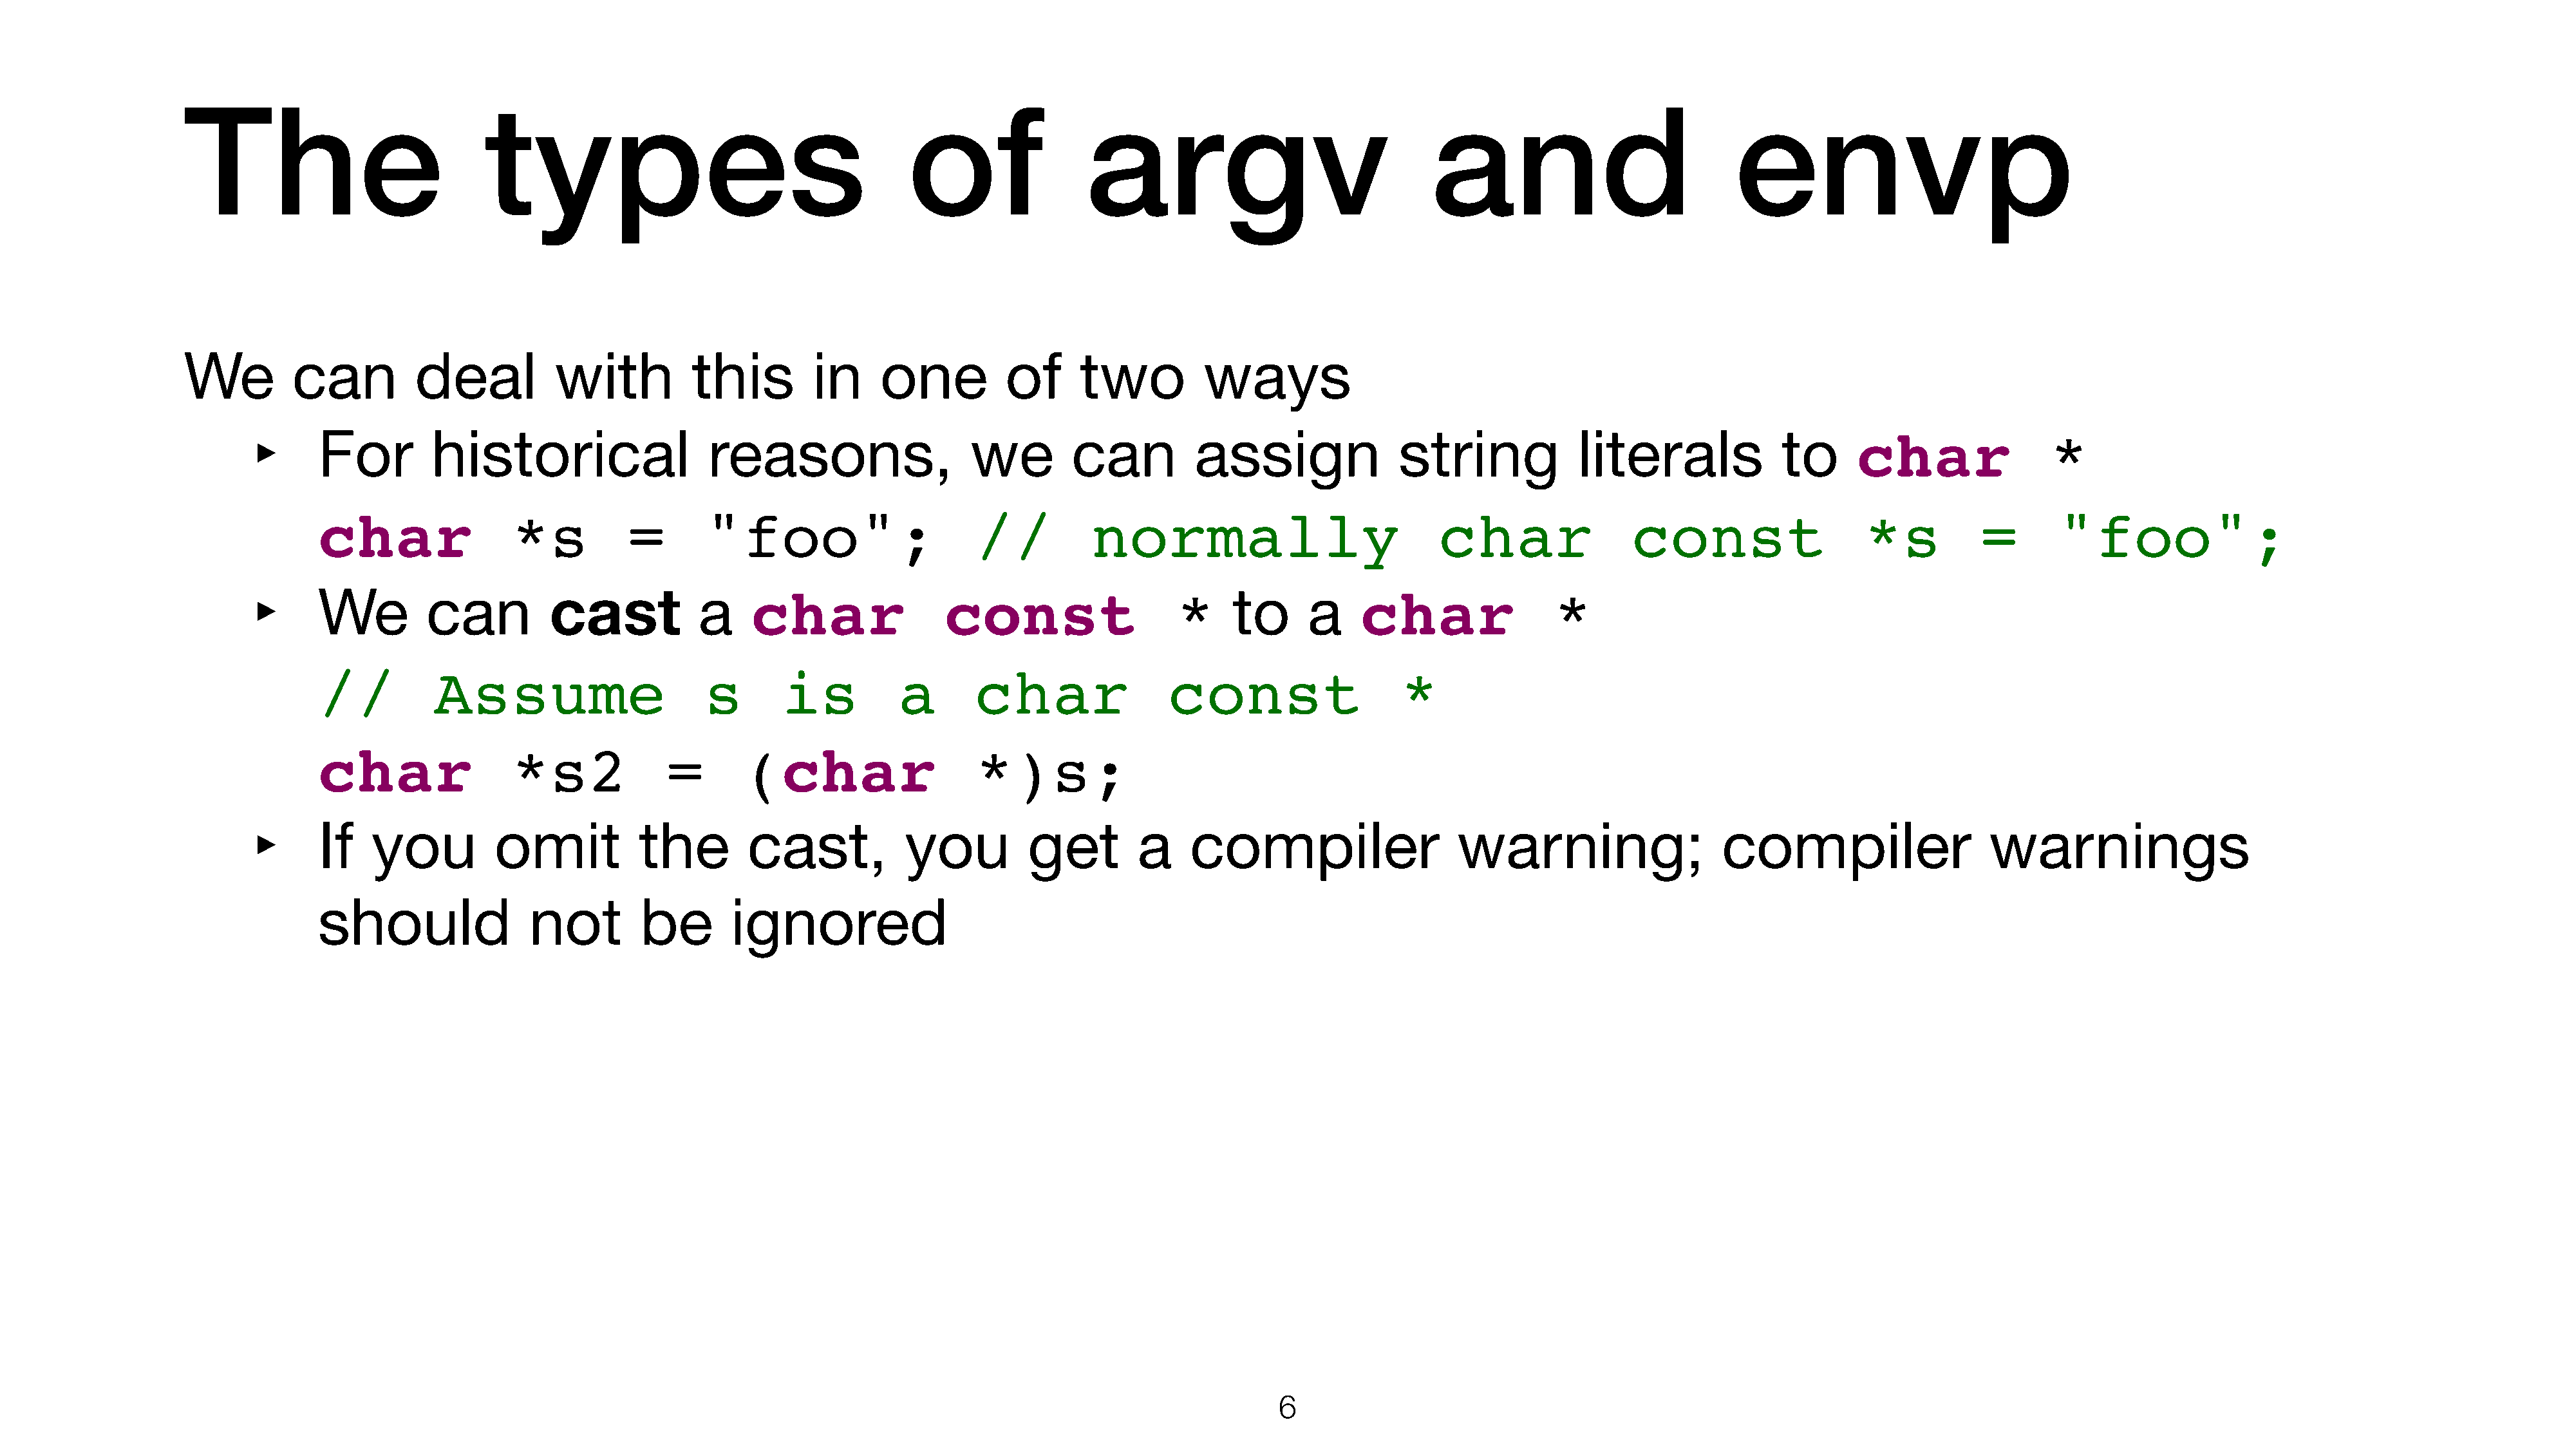
The                            types                                      of                 argv                               and                            envp
 We         can          deal          with          this         in    one          of      two          ways
 ‣
 For        historical                   reasons,                   we        can          assign               string            literals             to      char                *
 char                *s         =       "foo";                      //          normally                            char                const                   *s          =      "foo";
 ‣
 cast
 We         can                         a    char                const                   *     to     a     char                *
 //          Assume                     s       is          a       char                const                   *
 char                *s2            =       (char                   *)s;
 ‣
 If   you          omit           the        cast,           you          get        a    compiler                    warning;                   compiler                   warnings
 should               not         be       ignored
 6